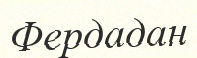
Фердадан